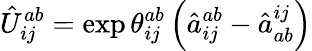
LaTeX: \hat{U}_{ij}^{ab}=\exp{\theta_{ij}^{ab}\left(\hat{a}_{ij}^{ab}-\hat{a}_{ab}^{ij}\right)}